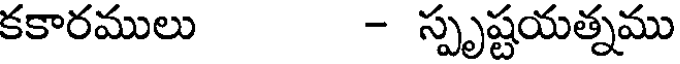
కకారములు - స్పృష్టయత్నము